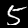
Label: 5